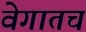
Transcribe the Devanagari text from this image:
वेगातच